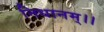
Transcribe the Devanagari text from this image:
निधानम्।।